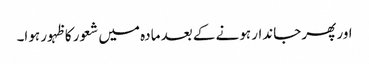
اور پھر جاندار ہونے کے بعد مادہ میں شعور کا ظہور ہوا۔